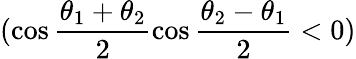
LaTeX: (\cos\frac{\theta_{1}+\theta_{2}}{2}\cos\frac{\theta_{2}-\theta_{1}}{2}<0)